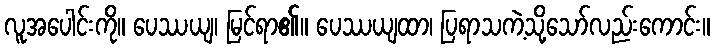
လူအပေါင်းကို။ ပေဿယျ၊ မြင်ရာ၏။ ပေဿယျထာ၊ ပြရာသကဲ့သို့သော်လည်းကောင်း။